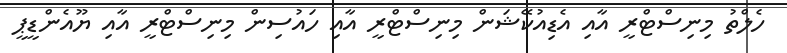
ހެލްތު މިނިސްޓްރީ އާއި އެޑިއުކޭޝަން މިނިސްޓްރީ އާއި ހައުސިން މިނިސްޓްރީ އާއި ޔޫއެންޑީޕީ